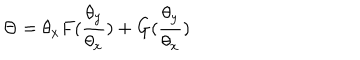
\Theta = \theta _ { x } F ( { \frac { \theta _ { y } } { \theta _ { x } } } ) + G ( { \frac { \theta _ { y } } { \theta _ { x } } } )